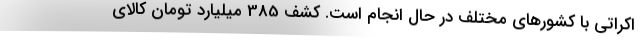
اکراتی با کشور‌های مختلف در حال انجام است. کشف 385 میلیارد تومان کالای